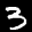
Label: 3